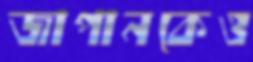
জাপানকেও